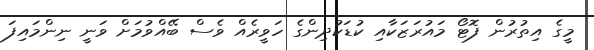
މީގެ އިތުރުން ފޮޓޯ މައުރަޒަކާއި ކުޑަކުދިންގެ ހަވީރެއް ވެސް ބޭއްވުމަށް ވަނީ ނިންމައިފަ